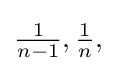
{\tfrac {1}{n-1}},{\tfrac {1}{n}},{}